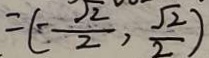
= ( - \frac { \sqrt { 2 } } { 2 } , \frac { \sqrt { 2 } } { 2 } )